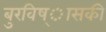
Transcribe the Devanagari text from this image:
बुरविष्ासकी